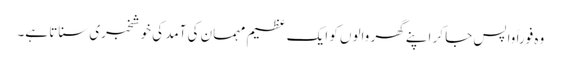
وہ فوراً واپس جا کر اپنے گھر والوں کو ایک عظیم مہمان کی آمد کی خوشخبری سناتا ہے۔